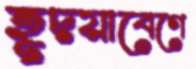
হূদয়াবেগে